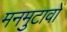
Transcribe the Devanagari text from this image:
मनमुटावों